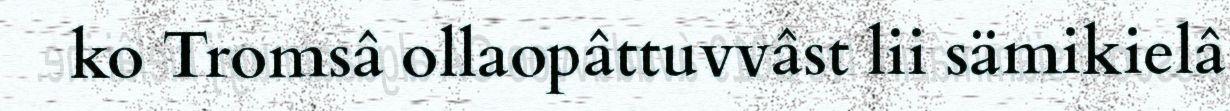
ko Tromsâ ollaopâttuvvâst lii sämikielâ